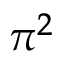
\pi ^ { 2 }